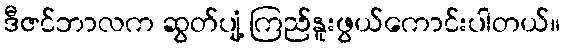
ဒီဇင်ဘာလက ဆွတ်ပျံ့ ကြည်နူးဖွယ်ကောင်းပါတယ်။